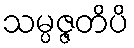
သမ္ပဇ္ဇတိပိ